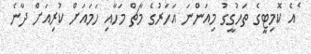
ެއެ ކޮމިޓީގެ ތަހުގީގު މިއަންނަ އަހަރުގެ މާޗް މަހާއި ހަމައަށް ކުރިއަށް ދާނެ